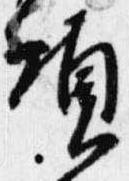
頃